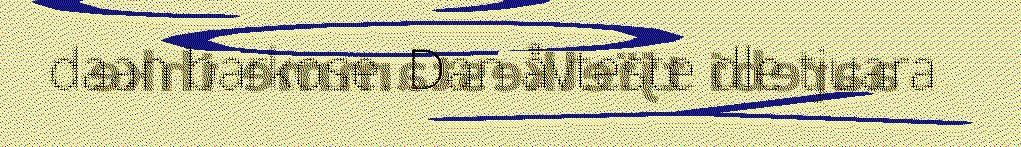
daan barkose. Dan åvteste dle tjuara